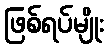
ဖြစ်ရပ်မျိုး